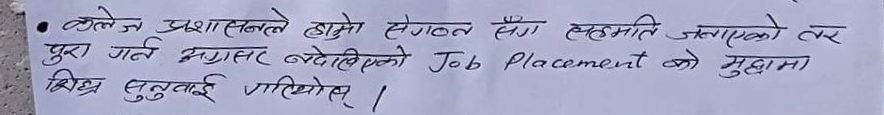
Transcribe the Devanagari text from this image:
कलेज प्रशासनले डासुमा सेगटन संग सहमति जनाएको तर
पुरा गर्न अग्रसर नबढेको Job Placement को मुद्दामा
शिघ्र सुनुवाई गरियोस्।